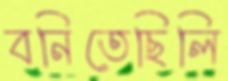
বনিতেছিলি